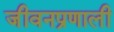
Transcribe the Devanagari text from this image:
जीवनप्रणाली